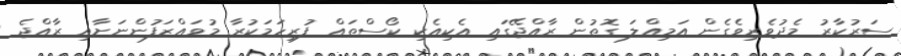
ސަރުކާރު މެދުވެރިވެގެން އަމިއްލަ ގޮތުން ރާއްޖޭގައި އެކިއެކި ކޯސްތައް ފުރިހަމަކުރާ މުވައްޒަފުންނަށާއި ރާއްޖެ